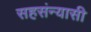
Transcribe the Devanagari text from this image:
सहसंन्यासी